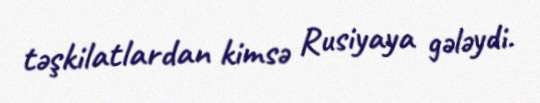
təşkilatlardan kimsə Rusiyaya gələydi.